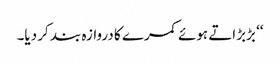
‘‘ بڑبڑاتے ہوئے کمرے کا دروازہ بند کر دیا۔